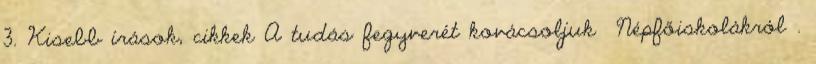
3. Kisebb írások, cikkek A tudás fegyverét kovácsoljuk Népfőiskolákról .